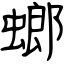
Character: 螂